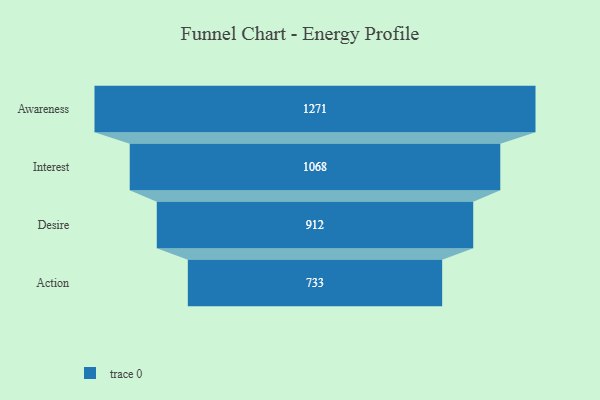
{"axis": {"x": "Stage", "y": "Value"}, "legend": [""], "data": [{"x": "Awareness", "y": 1271.0, "type": ""}, {"x": "Interest", "y": 1068.0, "type": ""}, {"x": "Desire", "y": 912.0, "type": ""}, {"x": "Action", "y": 733.0, "type": ""}]}